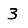
Digit: 3